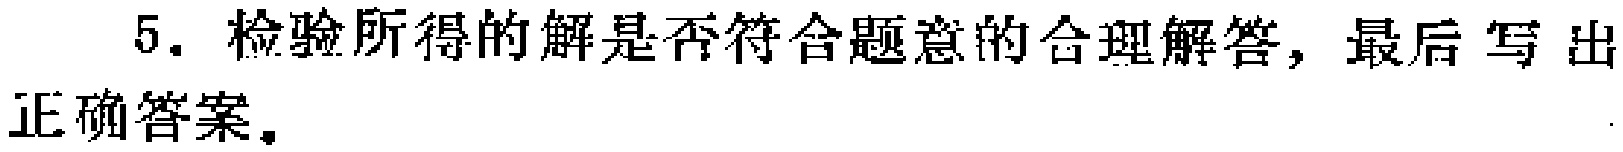
5. 检验所得的解是否符合题意的合理解答，最后写出正确答案。